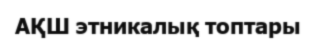
АҚШ этникалық топтары